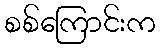
စစ်ကြောင်းက